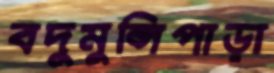
বদুমুন্সিপাড়া